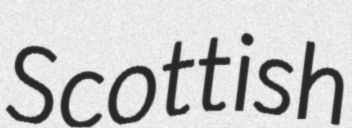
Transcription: Scottish